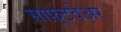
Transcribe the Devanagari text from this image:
साफ़्टवेअर